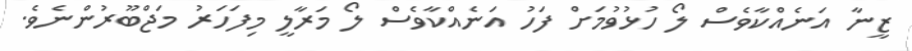
ޒީނާ އަނެއްކާވެސް ލޯ ހުޅުވުމަށް ފަހު އަނެއްކާވެސް ލޯ މަރާލީ މިފަހަރު މަޖްބޫރުންނެވެ.